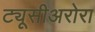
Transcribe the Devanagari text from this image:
ट्यूसीअरोरा